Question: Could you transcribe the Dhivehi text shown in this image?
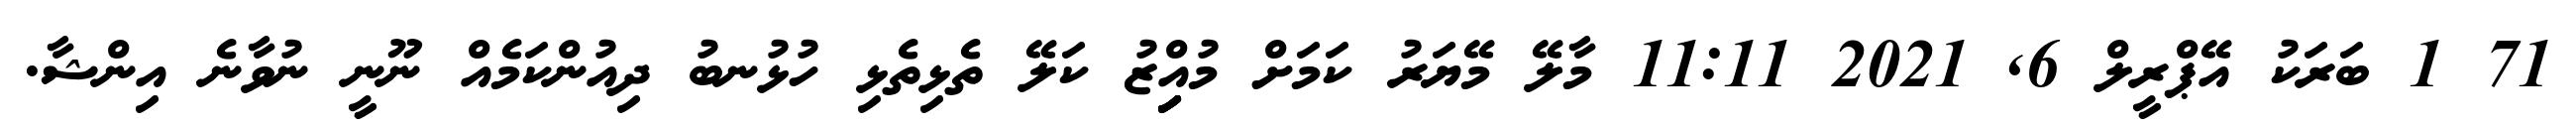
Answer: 71 1 ބަރަކު އޭޕްރީލް 6, 2021 11:11 މާލޭ މޭޔަރު ކަމަށް މުއިިިިިްޒު ކަލޭ ތެޅިތެޅި ހުޅުނބު ދިއުންކަމެއް ނޫނީ ނުވާނެ އިންޝާ.